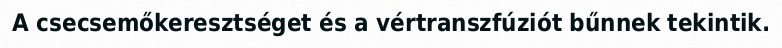
A csecsemőkeresztséget és a vértranszfúziót bűnnek tekintik.